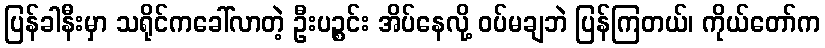
ပြန်ခါနီးမှာ သရိုင်ကခေါ်လာတဲ့ ဦးပဉ္စင်း အိပ်နေလို့ ဝပ်မချဘဲ ပြန်ကြတယ်၊ ကိုယ်တော်က